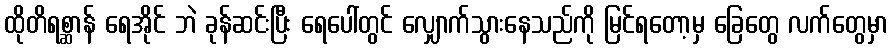
ထိုတိရစ္ဆာန် ရေအိုင် ဘဲ ခုန်ဆင်းပြီး ရေပေါ်တွင် လျှောက်သွားနေသည်ကို မြင်ရတော့မှ ခြေတွေ လက်တွေမှာ